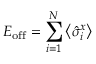
E _ { \mathrm { o f f } } = \sum _ { i = 1 } ^ { N } \left\langle \hat { \sigma } _ { i } ^ { x } \right\rangle